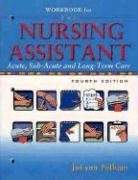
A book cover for Workbook for The Nursing Assistant; JoLynn Pulliam; Medical Books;